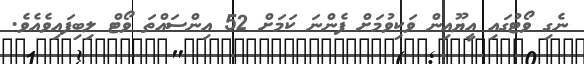
ނެގި ވޯޓުގައި އީޔޫއިން ވަކިވުމަށް ފެންނަ ކަމަށް 52 އިންސައްތަ ވޯޓް ލިބިފައިވެއެވެ.